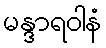
မန္ဒာရဝါနံ